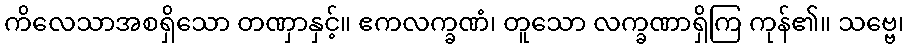
ကိလေသာအစရှိသော တဏှာနှင့်။ ဧကလက္ခဏံ၊ တူသော လက္ခဏာရှိကြ ကုန်၏။ သဗ္ဗေ၊